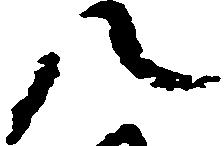
八